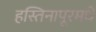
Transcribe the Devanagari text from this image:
हस्तिनापूरमधे